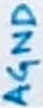
Text: AGND